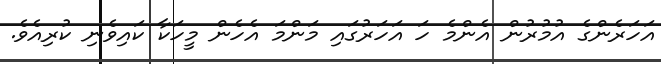
އަހަރެންގެ އުމުރުން އެންމެ ހަ އަހަރުގައި މަންމަ އެހެން މީހަކާ ކައިވެނި ކުރިއެވެ.